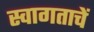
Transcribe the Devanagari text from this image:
स्वागताचें